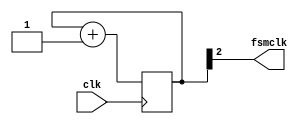
`timescale 1ns / 1ps

module clkdiv(
    input clk,
    output fsmclk // Must be 4x slower than seven-seg clock
    );
    
    // Seven-seg module has its own clock divider (divide-by-2)
    reg [2:0] count = 0;
    assign fsmclk = count[2]; 
    always @(posedge clk) count = count + 1;

endmodule